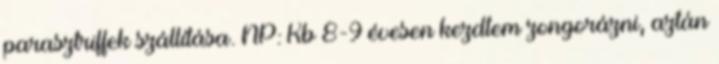
parasztriffek szállítása. NP: Kb 8-9 évesen kezdtem zongorázni, aztán